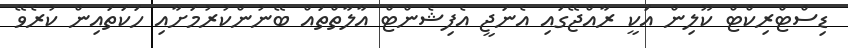
ޑިސްޓްރިކްޓް ކޫލިން އަކީ ރާއްޖޭގައި އެނަޖީ އެފިޝެންޓް އާލާތްތައް ބޭނުންކުރުމަށާއި ހަކަތައިން ކުރެވޭ